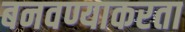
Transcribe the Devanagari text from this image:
बनवण्याकरता